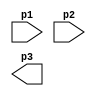
module m1(input p1, p2, output p3);
//{ID1}; {ID2};
endmodule